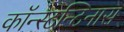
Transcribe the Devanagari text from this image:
कॉन्स्टन्टिनास